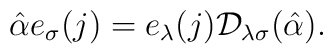
\hat \alpha e_\sigma (j)=e_\lambda (j){\cal D}_{\lambda \sigma }(\hat \alpha).